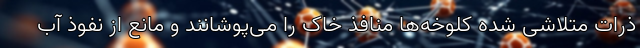
ذرات متلاشی شده کلوخه‌ها منافذ خاک را می‌پوشانند و مانع از نفوذ آب